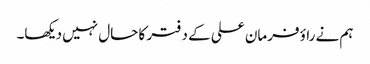
ہم نے راؤ فرمان علی کے دفتر کا حال نہیں دیکھا۔